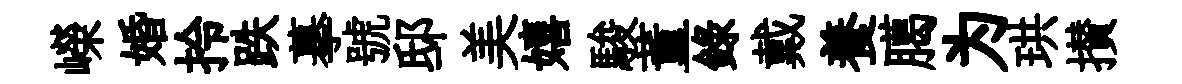
嶸婚拎跌摹號邸美嬉駿董録戴養臈为珙攅